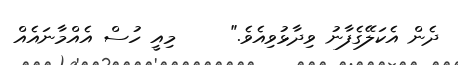
ދެން އެކަލޭގެފާނު ވިދާޅުވިއެވެ."     މިއީ ހުސް އެއްމާނައެއް